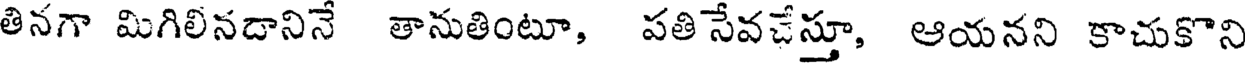
తినగా మిగిలినదానినే తానుతింటూ, పతి సేవచేస్తూ, ఆయనని కాచుకొని